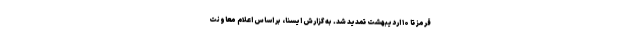
قرمز تا ۱۰ اردیبهشت تمدید شد. به گزارش ایسنا، بر اساس اعلام معاونت